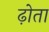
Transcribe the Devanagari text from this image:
ढ़ोता